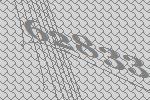
62833